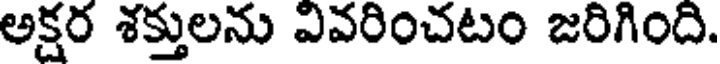
అక్షర శక్తులను వివరించటం జరిగింది.